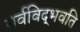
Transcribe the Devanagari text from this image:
सर्वविद्‍भवति